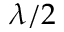
\lambda / 2